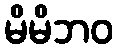
မိမိဘဝ